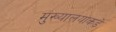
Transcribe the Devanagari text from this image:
मुख्यालयाकडे